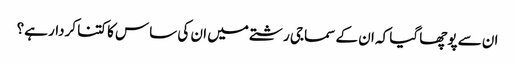
ان سے پوچھا گیا کہ ان کے سماجی رشتے میں ان کی ساس کا کتنا کردار ہے؟